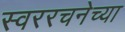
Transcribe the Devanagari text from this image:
स्वररचनेच्या